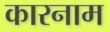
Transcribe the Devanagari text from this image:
कारनाम